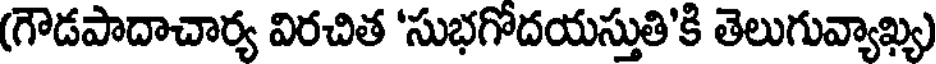
(గౌడపాదాచార్య విరచిత 'సుభగోదయస్తుతి'కి తెలుగువ్యాఖ్య)